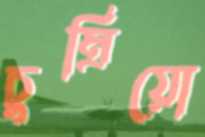
চুম্‌রিয়ো